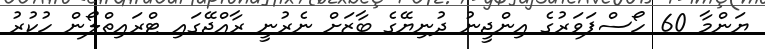
ޔަންމާ 60 ހޯސްޕަވަރުގެ އިންޖީނު ދުނިޔޭގެ ބާޒަށް ނެރުނީ ރާއްޖޭގައި ޓްރައިތްލޯން ހުކުރު